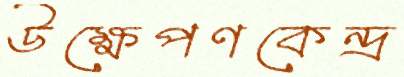
উক্ষেপণকেন্দ্র